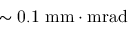
\mathrm { \sim 0 . 1 \ m m \cdot m r a d }